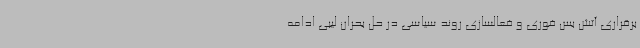
برقراری آتش بس فوری و فعالسازی روند سیاسی در حل بحران لیبی ادامه